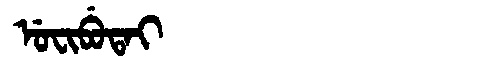
Manchu: ᡠᠸᡳᠪᡠᡨᠠᡳ
Romanization: UFIBUTAI